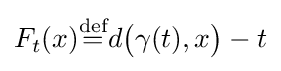
F_{t}(x){\stackrel {\text{def}}{=}}d{\big (}\gamma (t),x{\big )}-t